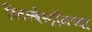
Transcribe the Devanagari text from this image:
स्टिल्बेस्ट्रॉलच्या